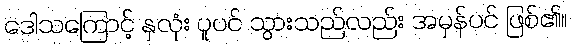
ဒေါသကြောင့် နှလုံး ပူပင် သွားသည်လည်း အမှန်ပင် ဖြစ်၏။